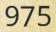
975